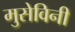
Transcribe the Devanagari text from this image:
मुसेविनी